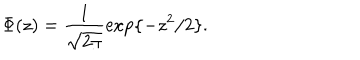
\Phi ( z ) = \frac { 1 } { \sqrt { 2 \pi } } \exp \{ - z ^ { 2 } / 2 \} .